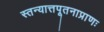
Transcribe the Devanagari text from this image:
स्तन्यात्तपूतनाप्राणः